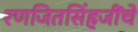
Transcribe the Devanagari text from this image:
रणजितसिंहजींचे